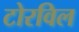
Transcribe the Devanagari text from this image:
टोरविल